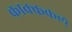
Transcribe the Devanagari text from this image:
काक्ककल्